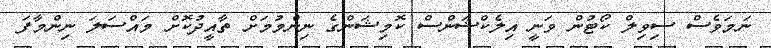
ނަމަވެސް ސިވިލް ކޯޓުން ވަނީ އިލެކްޝަންސް ކޮމިޝަންގެ ނިންމުމަށް ތާއީދުކޮށް މައްސަލަ ނިންމާފަ